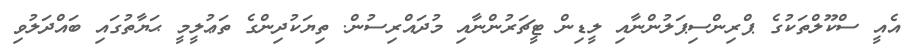
އެއީ ސްކޫލްތަކުގެ ޕްރިންސިޕަލުންނާއި ލީޑިން ޓީޗަރުންނާއި މުދައްރިސުން. ތިޔަކުދިންގެ ތަޢުލީމީ ޙަޔާތުގައި ބައްދަލުވި